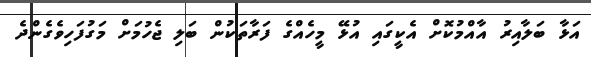
އަޅާ ބަލާއިރު އާއްމުކޮށް އެކީގައި އުޅޭ މީހެއްގެ ފަރާތަކުން ބަލި ޖެހުމަށް މަގުފަހިވެގެންދެ